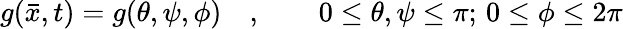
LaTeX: g(\bar{x},t)=g(\theta,\psi,\phi)\quad,\qquad 0\leq\theta,\psi\leq\pi;\, 0\leq\phi\leq 2\pi